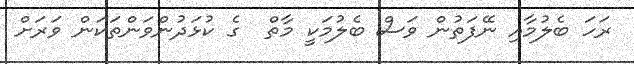
ރަހަ ބެލުމާއި ނޭފަތުން ވަސް ބެލުމަކީ މާތް  ގެ ކުޅަދުންވަންތަކަން ވަރަށް